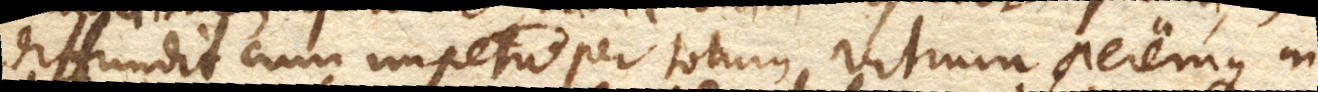
diffundit cum impetu per totum vitrum aeremque in–